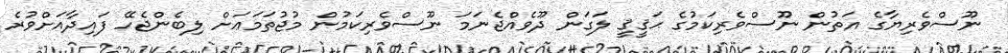
ނޫސްވެރިޔާގެ އަތުން ނޫސްވެރިކަމުގެ ޙަޤީޤީ ލަގަން ދޫވެއްޖެނަމަ ނޫސްވެރިކަމުން މުޖުތަމަޢަށް ލިބެންޖެހޭ ފައިދާއަށްވުރެ